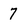
Character: 7